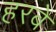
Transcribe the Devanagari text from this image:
हरबे